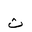
Letter: _tha